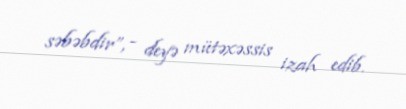
səbəbdir”, - deyə mütəxəssis izah edib.